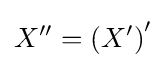
X^{\prime \prime }=\left(X^{\prime }\right)^{\prime }